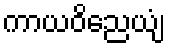
ကာယဝိညေယျံ